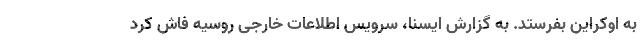
به اوکراین بفرستد. به گزارش ایسنا، سرویس اطلاعات خارجی روسیه فاش کرد